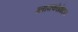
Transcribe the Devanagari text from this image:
ग्लायकोप्रोटिन